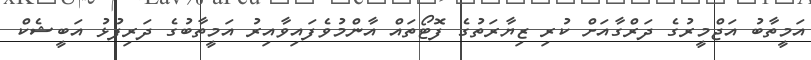
އަމީތާބު އަޖްމީރުގެ ދަރްގާއަށް ކުރި ޒިޔާރަތުގެ ފޮޓޯތައް އާންމުވެފައިވާއިރު އަމީތާބުގެ ދަރިފުޅު އަބީޝެކް